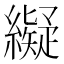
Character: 𦆦